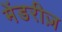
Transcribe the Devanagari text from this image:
मेंडरीज़